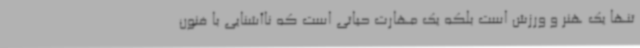
تنها یک هنر و ورزش است بلکه یک مهارت حیاتی است که ناآشنایی با فنون